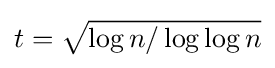
t={\sqrt {\log {n}/\log {\log {n}}}}